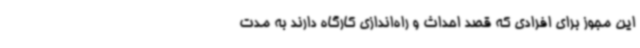
این مجوز برای افرادی که قصد احداث و راه‌اندازی کارگاه دارند به مدت